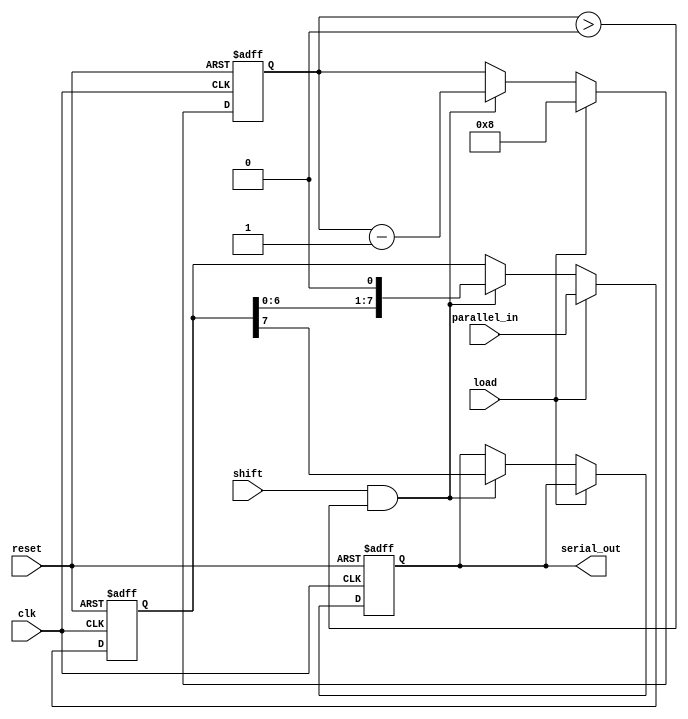
module piso_register #(
    parameter WIDTH = 8  // Configurable width for the parallel input
)(
    input wire clk,          // Clock signal
    input wire load,         // Load control signal
    input wire shift,        // Shift control signal
    input wire reset,        // Reset signal
    input wire [WIDTH-1:0] parallel_in, // Parallel input bus
    output reg serial_out     // Serial output
);

    reg [WIDTH-1:0] shift_reg; // Shift register to hold the data
    reg [3:0] bit_count;        // Counter to track the number of bits shifted out

    // Reset and load operation
    always @(posedge clk or posedge reset) begin
        if (reset) begin
            shift_reg <= 0;      // Clear the shift register
            bit_count <= 0;      // Reset bit counter
            serial_out <= 0;     // Clear serial output
        end else if (load) begin
            shift_reg <= parallel_in; // Load the parallel input into the shift register
            bit_count <= WIDTH;        // Initialize bit count to the width of the register
        end else if (shift && bit_count > 0) begin
            serial_out <= shift_reg[WIDTH-1]; // Output the most significant bit
            shift_reg <= shift_reg << 1;       // Shift left
            bit_count <= bit_count - 1;         // Decrement the bit count
        end
    end

endmodule